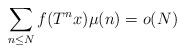
LaTeX: \begin{align*}\sum_{n\leq N} f(T^nx)\mu(n)=o(N)\end{align*}